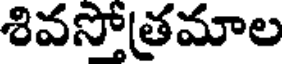
శివస్తోత్రమాల